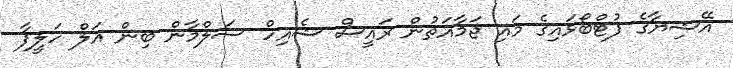
އޭޝިޔާގެ ފުޓްބޯޅައިގެ މައި ޖަމާއަތުން ރައީސް ޝެއިހް ސަލްމާން ބިން އަލް ހަލީފާ